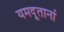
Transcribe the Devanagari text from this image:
यमदूतानां